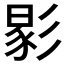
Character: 𢒧